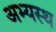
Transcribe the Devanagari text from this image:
अभ्यस्थ